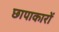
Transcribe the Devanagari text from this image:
छापाकारों